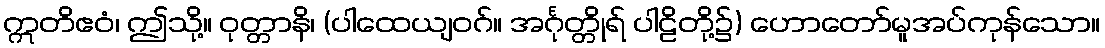
ဣတိဧဝံ၊ ဤသို့။ ဝုတ္တာနိ၊ (ပါထေယျဝဂ်။ အင်္ဂုတ္တိုရ် ပါဠိတို့၌) ဟောတော်မူအပ်ကုန်သော။